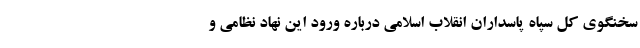
سخنگوی کل سپاه پاسداران انقلاب اسلامی درباره ورود این نهاد نظامی و